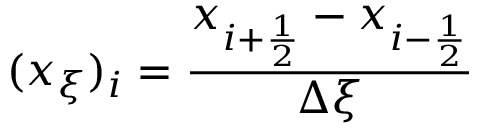
( x _ { \xi } ) _ { i } = \frac { x _ { i + \frac { 1 } { 2 } } - x _ { i - \frac { 1 } { 2 } } } { \Delta \xi }